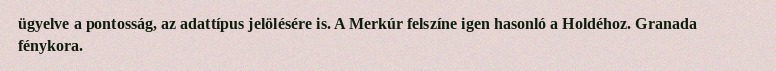
ügyelve a pontosság, az adattípus jelölésére is. A Merkúr felszíne igen hasonló a Holdéhoz. Granada fénykora.